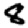
Digit: 8